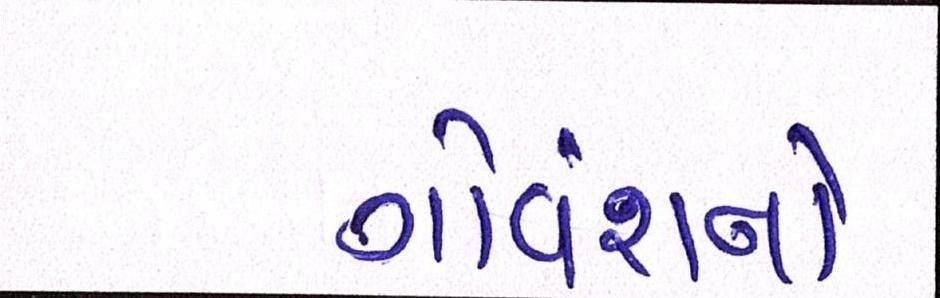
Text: ગૌવંશનો